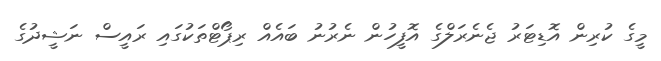
މީގެ ކުރިން އޮޑިޓަރު ޖެނެރަލްގެ އޮފީހުން ނެރުނު ބައެއް ރިޕޯޓްތަކުގައި ރައީސް ނަޝީދުގެ